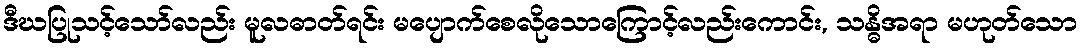
ဒီဃပြုသင့်သော်လည်း မူလဓာတ်ရင်း မပျောက်စေလိုသောကြောင့်လည်းကောင်း, သန္ဓိအရာ မဟုတ်သော